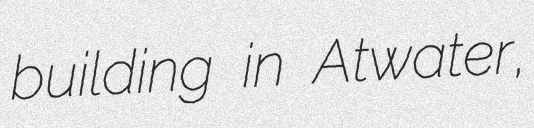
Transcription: building in Atwater,